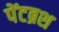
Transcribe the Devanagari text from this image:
पेंटब्रश